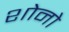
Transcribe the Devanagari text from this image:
शोनो